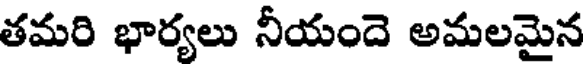
తమరి భార్యలు నీయందె అమలమైన